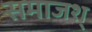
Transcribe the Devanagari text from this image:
समाजश्